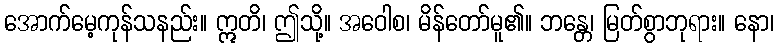
အောက်မေ့ကုန်သနည်း။ ဣတိ၊ ဤသို့။ အဝေါစ၊ မိန်တော်မူ၏။ ဘန္တေ၊ မြတ်စွာဘုရား။ နော၊